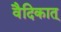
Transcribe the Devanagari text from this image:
वैदिकात्